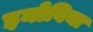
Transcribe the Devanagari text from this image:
इनोविया